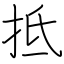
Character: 抵